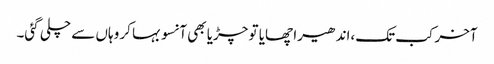
آخر کب تک،اندھیرا چھایا تو چڑیا بھی آنسو بہا کر وہاں سے چلی گئی۔